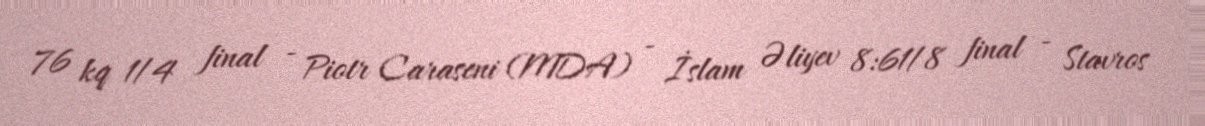
76 kq 1/4 final - Piotr Caraseni (MDA) - İslam Əliyev 8:61/8 final - Stavros